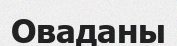
Оваданы